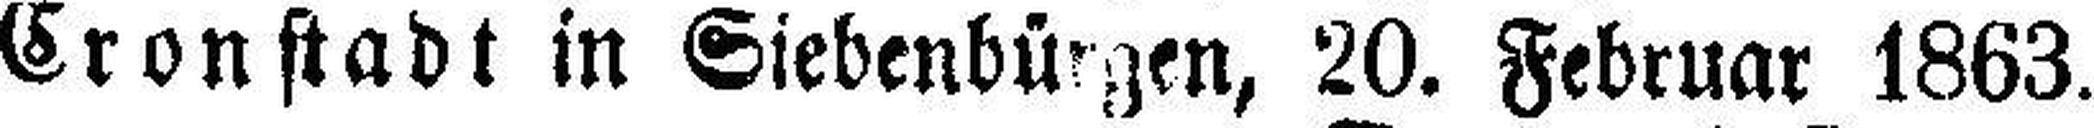
Cronstadt in Siebenbürgen, 20. Februar 1863.